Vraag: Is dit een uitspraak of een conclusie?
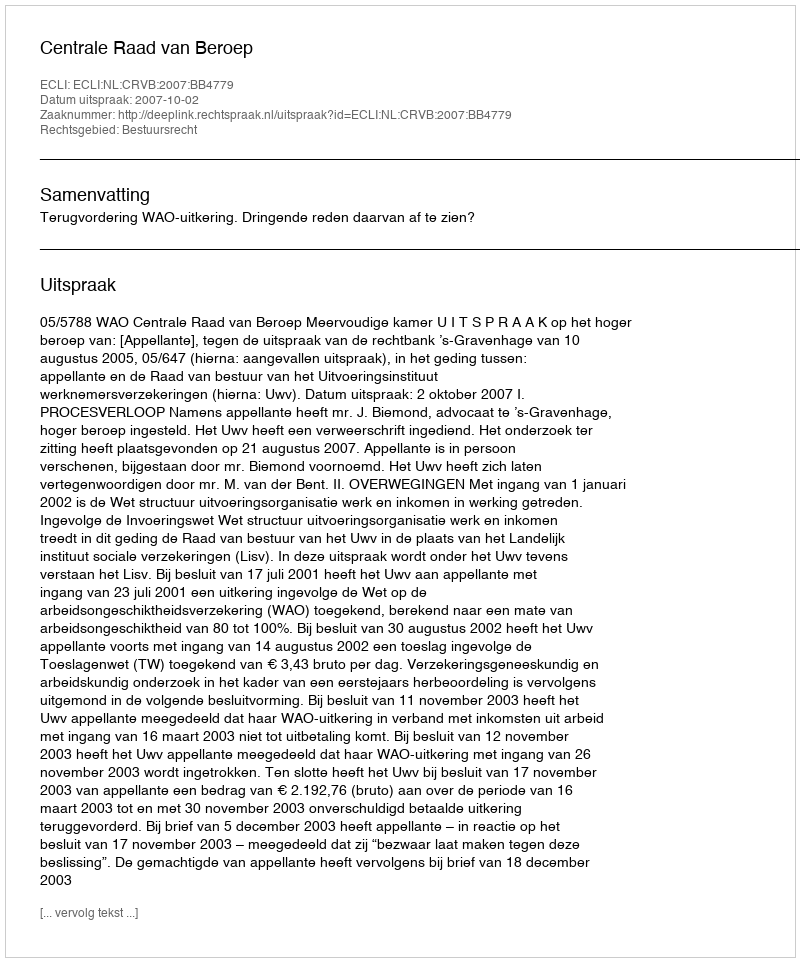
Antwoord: Uitspraak